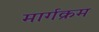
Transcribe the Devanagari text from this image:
मार्गक्रम